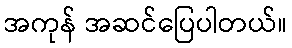
အကုန် အဆင်ပြေပါတယ်။